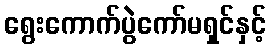
ရွေးကောက်ပွဲကော်မရှင်နှင့်